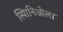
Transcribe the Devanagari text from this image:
स्पािनिओला